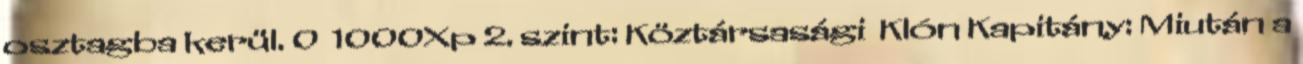
osztagba kerül. 0 1000Xp 2. szint: Köztársasági Klón Kapitány: Miután a